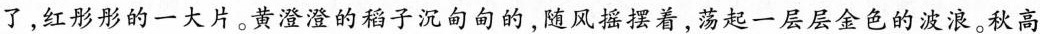
了，红彤彤的一大片。黄澄澄的稻子沉甸甸的，随风摇摆着，荡起一层层金色的波浪。秋高